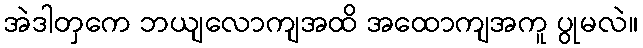
အဲဒါတှကေ ဘယျလောကျအထိ အထောကျအကူ ပွုမလဲ။